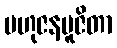
ဗဟုဇနပူဇိတာ